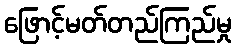
ဖြောင့်မတ်တည်ကြည်မှု